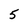
Character: 5